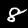
Label: 8